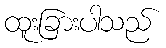
ထူးခြားပါသည်